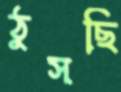
ঠুসছি